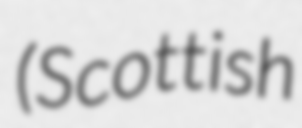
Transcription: (Scottish